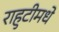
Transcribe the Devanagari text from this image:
राहुटीमधे